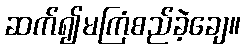
ဆက်၍မကြံစည်ခဲ့ချေ။